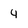
Character: 4